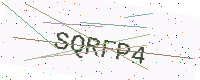
Text: SQRFP4